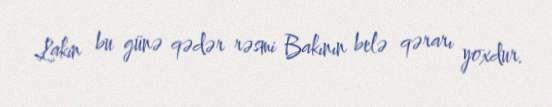
Lakin bu günə qədər rəsmi Bakının belə qərarı yoxdur.